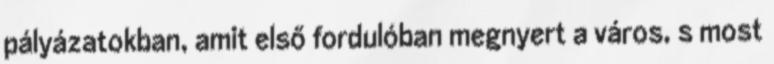
pályázatokban, amit első fordulóban megnyert a város, s most